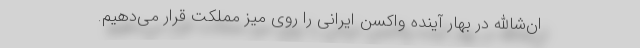
ان‌شاالله در بهار آینده واکسن ایرانی را روی میز مملکت قرار می‌دهیم.